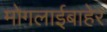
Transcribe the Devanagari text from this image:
मोगलाईबाहेर